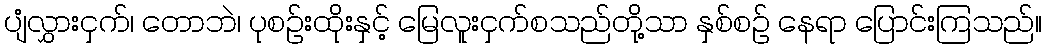
ပျံလွှားငှက်၊ တောဘဲ၊ ပုစဉ်းထိုးနှင့် မြေလူးငှက်စသည်တို့သာ နှစ်စဉ် နေရာ ပြောင်းကြသည်။